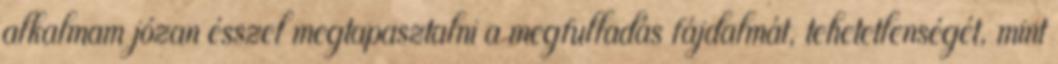
alkalmam józan ésszel megtapasztalni a megfulladás fájdalmát, tehetetlenségét, mint